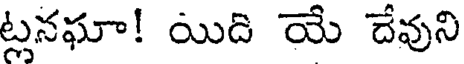
ట్లనఘా! యిది యే దేవుని